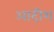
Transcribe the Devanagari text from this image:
आदीश